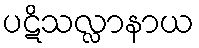
ပဋိသလ္လာနာယ